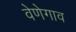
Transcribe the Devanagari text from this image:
वेणेगाव